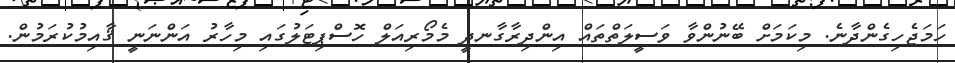
ހަމަޖެހިގެންދާނެ. މިކަމަށް ބޭނުންވާ ވަސީލަތްތައް އިންދިރާގާނދީ މެމޯރިއަލް ހޮސްޕިޓަލުގައި މިހާރު އަންނަނީ ޤާއިމުކުރަމުން.